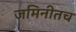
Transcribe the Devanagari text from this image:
जमिनीतच